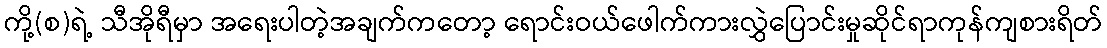
ကို့(စ)ရဲ့ သီအိုရီမှာ အရေးပါတဲ့အချက်ကတော့ ရောင်းဝယ်ဖေါက်ကားလွှဲပြောင်းမှုဆိုင်ရာကုန်ကျစားရိတ်